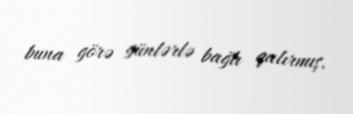
buna görə günlərlə bağlı qalırmış.